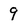
Character: 9